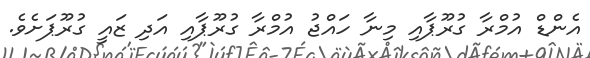
އެންޑް އުމްރާ ގުރޫޕާއި މިނާ ހައްޖު އުމްރާ ގުރޫޕާއި އަދި ޒައީ ގުރޫޕަށެވެ.